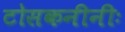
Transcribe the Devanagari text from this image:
टोसकनीनीः